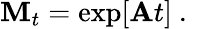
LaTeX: {\mathbf M}_{t}=\exp[{\mathbf{A}}t]\mathrm{~.~}